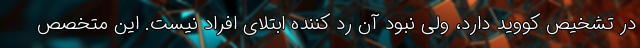
در تشخیص کووید دارد، ولی نبود آن رد کننده ابتلای افراد نیست. این متخصص